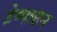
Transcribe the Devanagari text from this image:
टेम्पल्टन